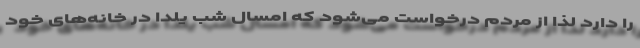
را دارد لذا از مردم درخواست می‌شود که امسال شب یلدا در خانه‌های خود